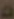
د